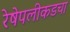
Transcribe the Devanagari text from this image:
रेषेपलीकडचा